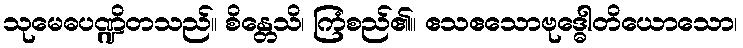
သုမေဓပဏ္ဍိတသည်။ စိန္တေသိ၊ ကြံစည်၏။ ဧသဧသောဗုဒ္ဓေါတိယောသော၊